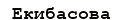
Екибасова